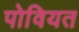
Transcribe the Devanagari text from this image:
पोवियत